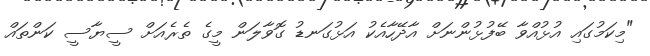
"މިކަމުގައި އުޅުއްވާ ބޭފުޅުންނަށް އާދޭހާއެކު އަޅުގަނޑު ގޮވާލަން މީގެ ތެރެއަށް ސީޔާސީ ކަންތައް